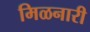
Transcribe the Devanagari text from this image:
मिळनारी